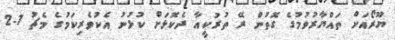
ޔޫރޯއަށް ތައްޔާރުވުމުގެ ގޮތުން ރޭ ތުރުކީއާ ދެކޮޅަށް ކުޅުނު އެކުވެރިކަމުގެ މެޗު 1-2